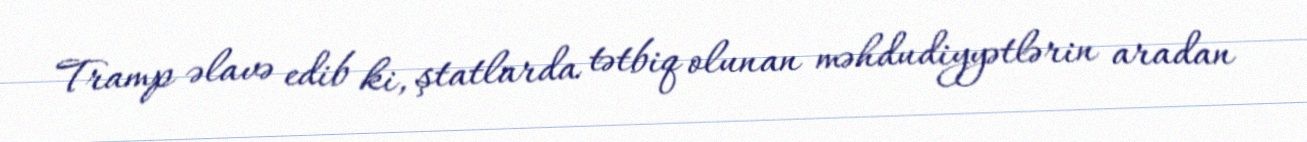
Tramp əlavə edib ki, ştatlarda tətbiq olunan məhdudiyyətlərin aradan